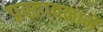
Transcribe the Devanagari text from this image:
प्रस्‍तावनामें